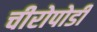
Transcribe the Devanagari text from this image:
चीरोपोडी